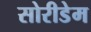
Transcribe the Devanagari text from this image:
सोरीडेम